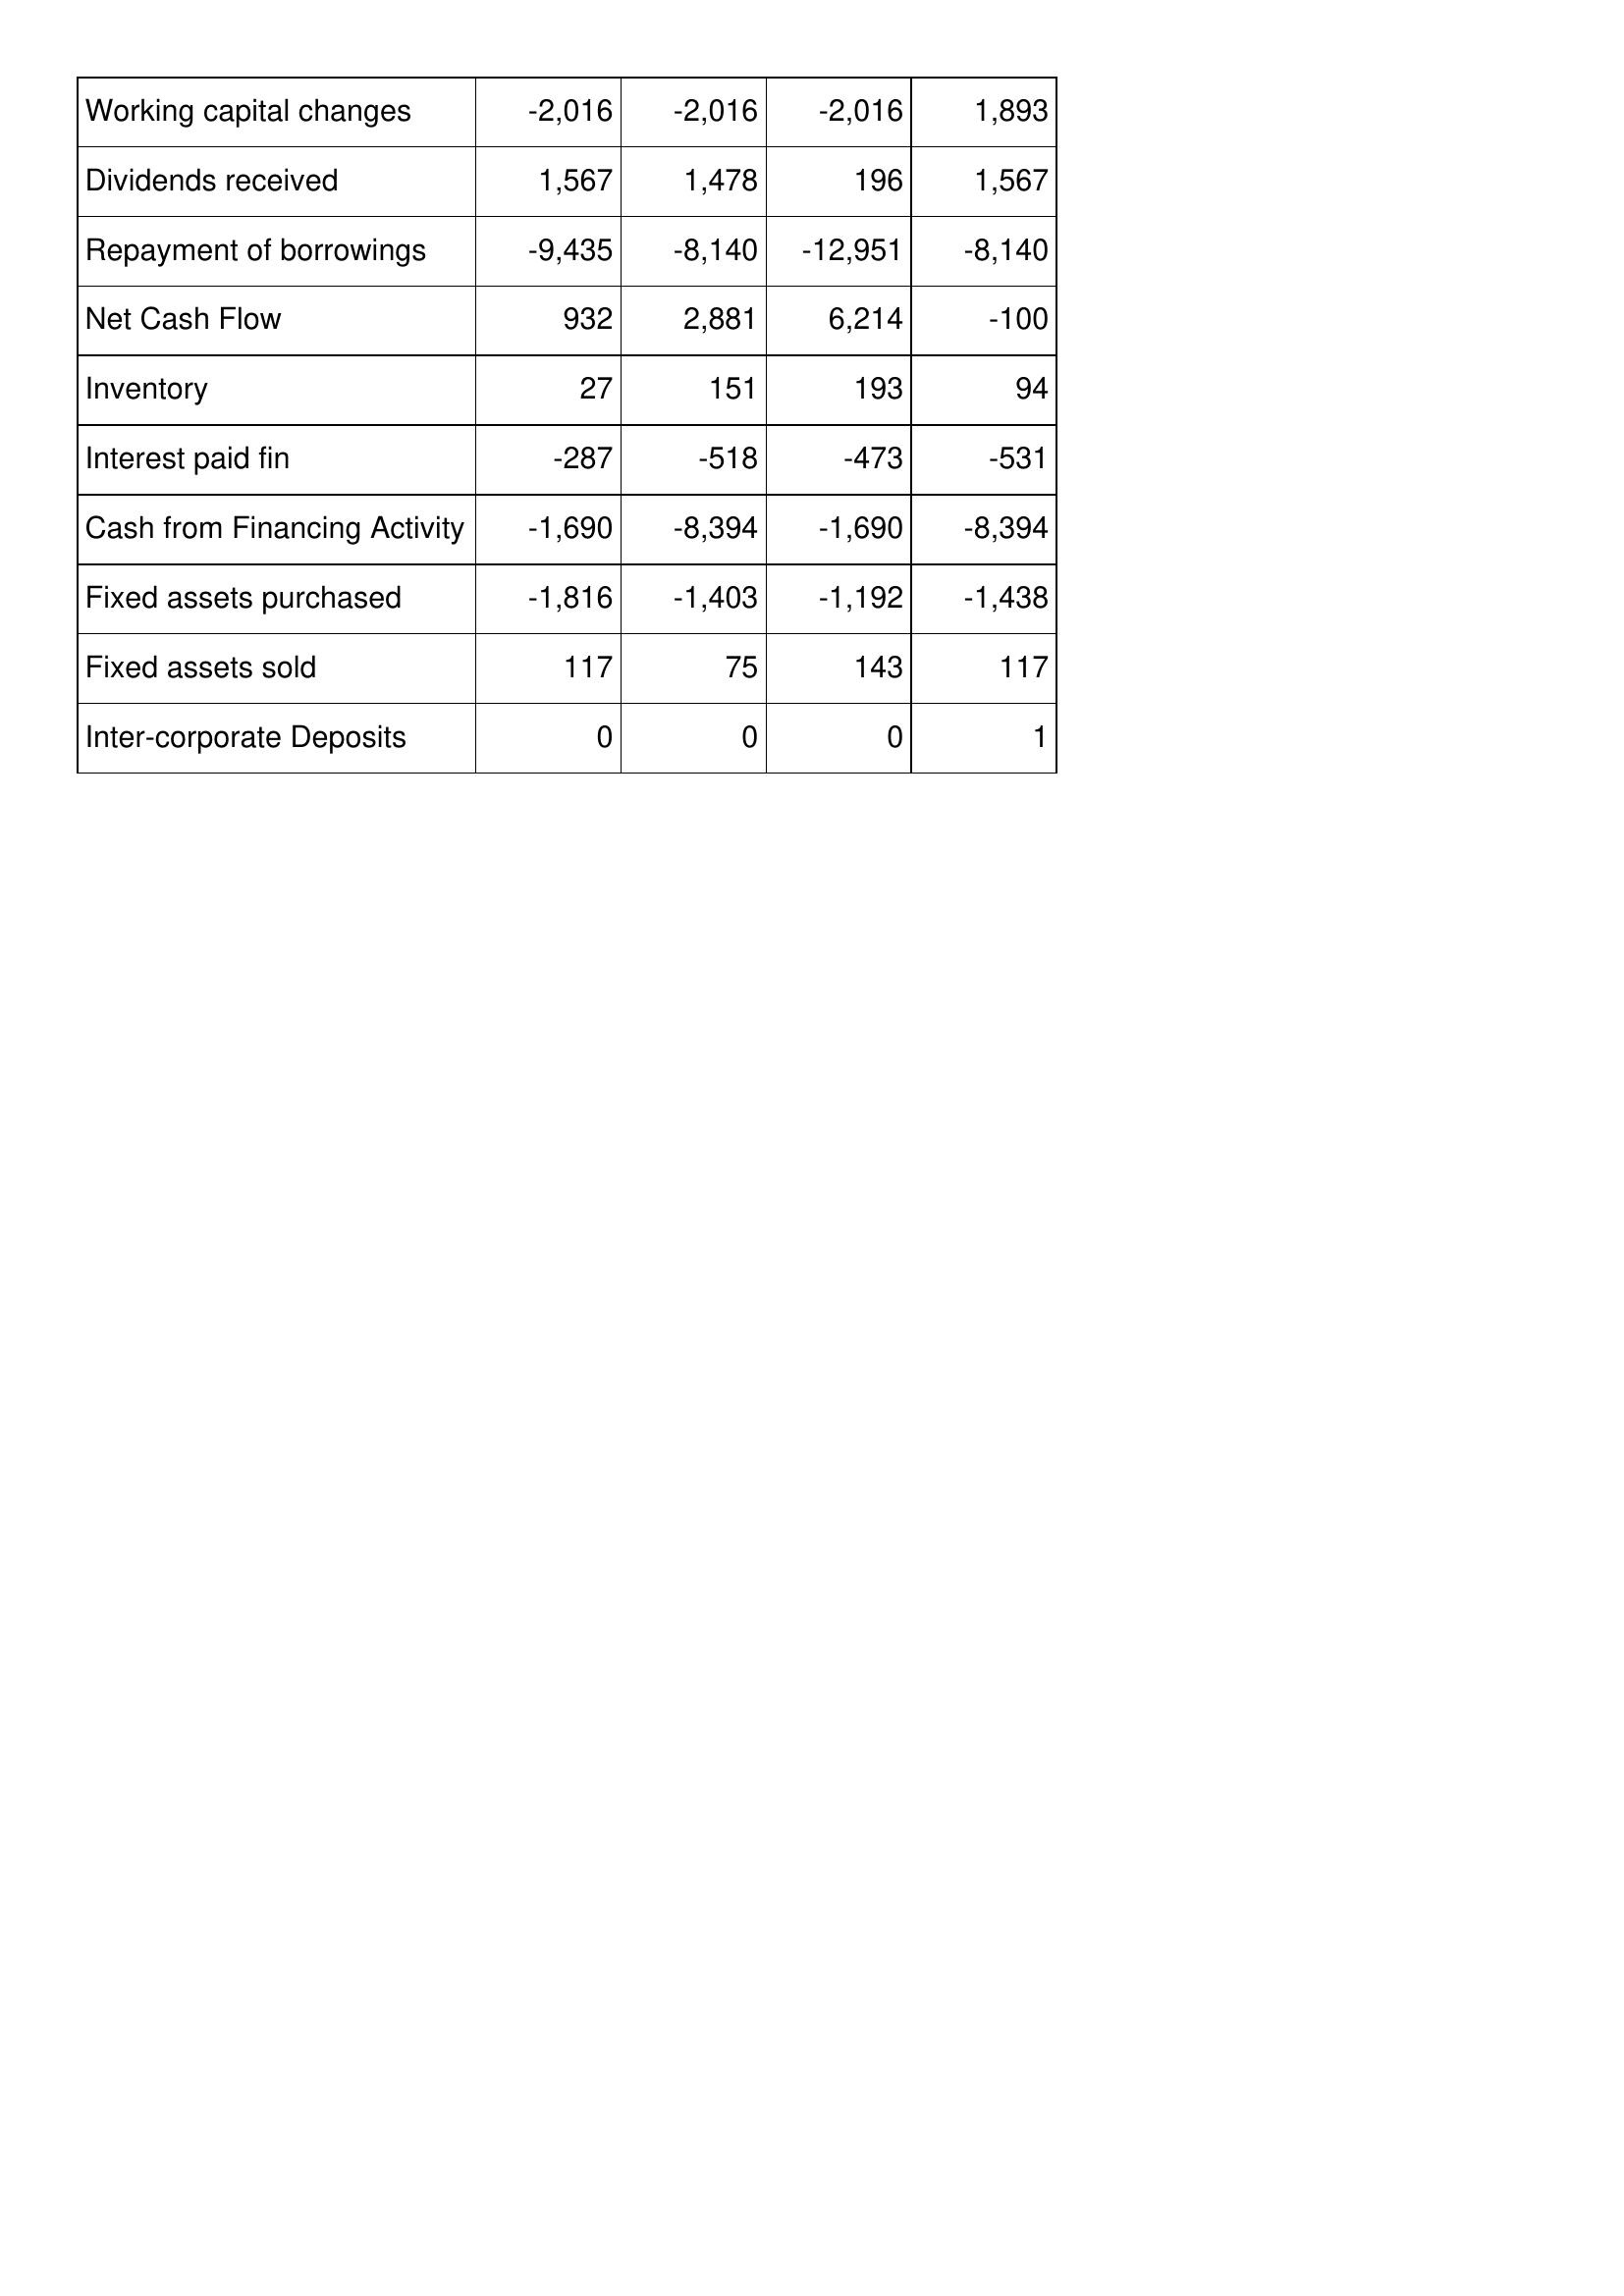
Mar-15: Cash Flows: Working capital changes: -2,016
Dividends received: 1,567
Repayment of borrowings: -9,435
Net Cash Flow: 932
Inventory: 27
Interest paid fin: -287
Cash from Financing Activity: -1,690
Fixed assets purchased: -1,816
Fixed assets sold: 117
Inter-corporate Deposits: 0
Mar-14: Cash Flows: Working capital changes: -2,016
Dividends received: 1,478
Repayment of borrowings: -8,140
Net Cash Flow: 2,881
Inventory: 151
Interest paid fin: -518
Cash from Financing Activity: -8,394
Fixed assets purchased: -1,403
Fixed assets sold: 75
Inter-corporate Deposits: 0
Mar-13: Cash Flows: Working capital changes: -2,016
Dividends received: 196
Repayment of borrowings: -12,951
Net Cash Flow: 6,214
Inventory: 193
Interest paid fin: -473
Cash from Financing Activity: -1,690
Fixed assets purchased: -1,192
Fixed assets sold: 143
Inter-corporate Deposits: 0
Mar-12: Cash Flows: Working capital changes: 1,893
Dividends received: 1,567
Repayment of borrowings: -8,140
Net Cash Flow: -100
Inventory: 94
Interest paid fin: -531
Cash from Financing Activity: -8,394
Fixed assets purchased: -1,438
Fixed assets sold: 117
Inter-corporate Deposits: 1